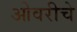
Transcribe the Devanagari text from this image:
ओवरीचे